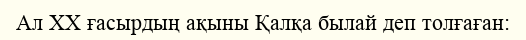
Ал XX ғасырдың ақыны Қалқа былай деп толғаған: